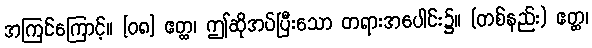
အကြင်ကြောင့်။ [၀၈] ဧတ္ထ၊ ဤဆိုအပ်ပြီးသော တရားအပေါင်း၌။ (တစ်နည်း) ဧတ္ထ၊